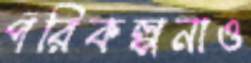
পরিকল্পনাও